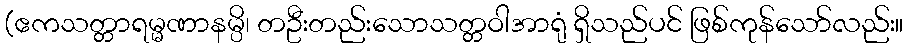
(ဧကသတ္တာရမ္မဏာနမ္ပိ၊ တဦးတည်းသောသတ္တဝါအာရုံ ရှိသည်ပင် ဖြစ်ကုန်သော်လည်း။